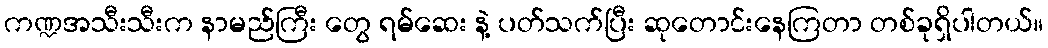
ကဏ္ဍအသီးသီးက နာမည်ကြီး တွေ ရမ်ဆေး နဲ့ ပတ်သက်ပြီး ဆုတောင်းနေကြတာ တစ်ခုရှိပါတယ်။